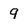
Character: 9